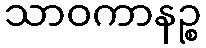
သာဝကာနဉ္စ